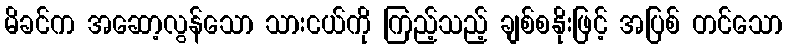
မိခင်က အဆော့လွန်သော သားငယ်ကို ကြည့်သည့် ချစ်စနိုးဖြင့် အပြစ် တင်သော